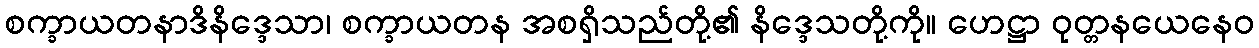
စက္ခာယတနာဒိနိဒ္ဒေသာ၊ စက္ခာယတန အစရှိသည်တို့၏ နိဒ္ဒေသတို့ကို။ ဟေဋ္ဌာ ဝုတ္တနယေနေဝ